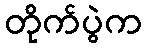
တိုက်ပွဲက